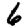
Digit: 6